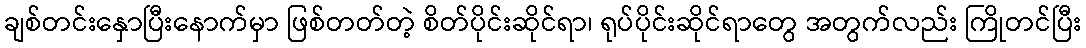
ချစ်တင်းနှောပြီးနောက်မှာ ဖြစ်တတ်တဲ့ စိတ်ပိုင်းဆိုင်ရာ၊ ရုပ်ပိုင်းဆိုင်ရာတွေ အတွက်လည်း ကြိုတင်ပြီး